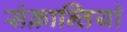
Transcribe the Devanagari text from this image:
संक्रान्तियां